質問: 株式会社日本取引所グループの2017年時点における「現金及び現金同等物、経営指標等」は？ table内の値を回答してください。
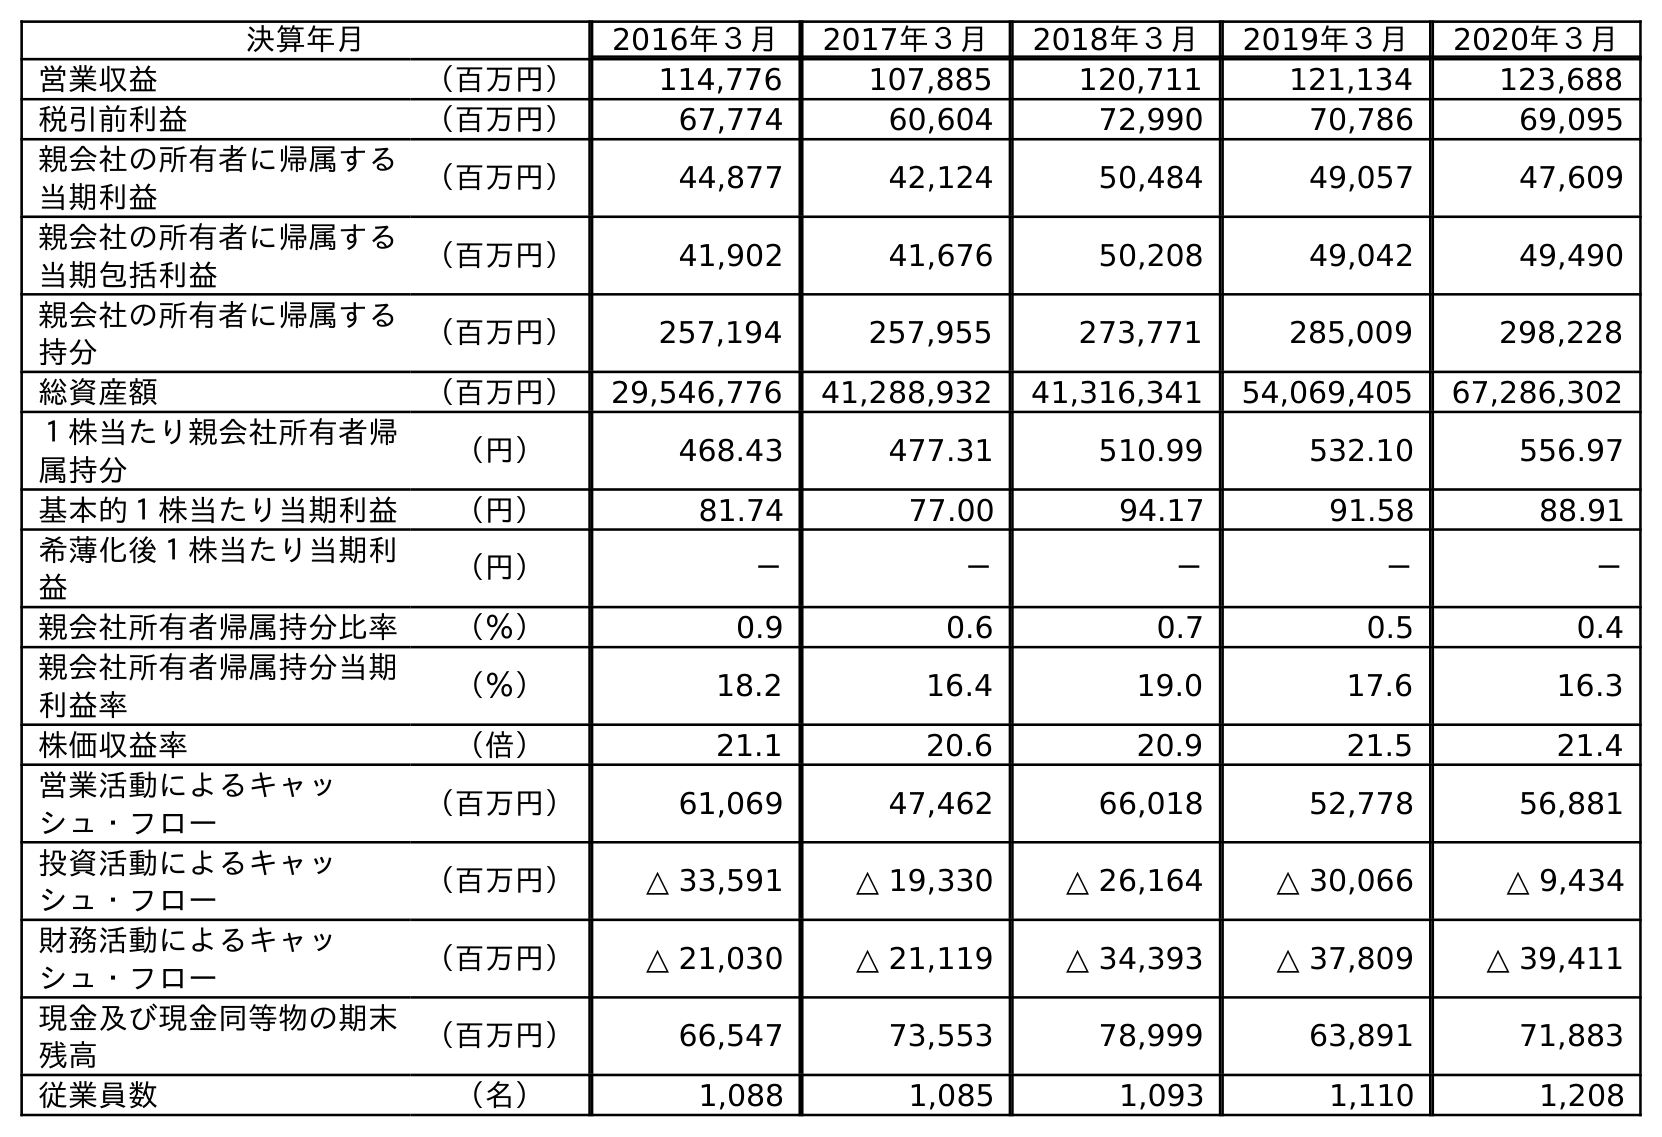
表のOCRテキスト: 決算年月 2016年３月 2017年３月 2018年３月 2019年３月 2020年３月 営業収益 （百万円） 114,776 107,885 120,711 121,134 123,688 税引前利益 （百万円） 67,774 60,604 72,990 70,786 69,095 親会社の所有者に帰属する 当期利益 （百万円） 44,877 42,124 50,484 49,057 47,609 親会社の所有者に帰属する 当期包括利益 （百万円） 41,902 41,676 50,208 49,042 49,490 親会社の所有者に帰属する 持分 （百万円） 257,194 257,955 273,771 285,009 298,228 総資産額 （百万円） 29,546,776 41,288,932 41,316,341 54,069,405 67,286,302 １株当たり親会社所有者帰 属持分 （円） 468.43 477.31 510.99 532.10 556.97 基本的１株当たり当期利益 （円） 81.74 77.00 94.17 91.58 88.91 希薄化後１株当たり当期利 益 （円） － － － － － 親会社所有者帰属持分比率 （％） 0.9 0.6 0.7 0.5 0.4 親会社所有者帰属持分当期 利益率 （％） 18.2 16.4 19.0 17.6 16.3 株価収益率 （倍） 21.1 20.6 20.9 21.5 21.4 営業活動によるキャッ シュ・フロー （百万円） 61,069 47,462 66,018 52,778 56,881 投資活動によるキャッ シュ・フロー （百万円） △ 33,591 △ 19,330 △ 26,164 △ 30,066 △ 9,434 財務活動によるキャッ シュ・フロー （百万円） △ 21,030 △ 21,119 △ 34,393 △ 37,809 △ 39,411 現金及び現金同等物の期末 残高 （百万円） 66,547 73,553 78,999 63,891 71,883 従業員数 （名） 1,088 1,085 1,093 1,110 1,208
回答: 73,553